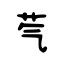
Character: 芞